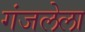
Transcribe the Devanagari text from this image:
गंजलेला